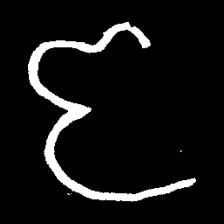
Pyu character \u2014 Myanmar letter: ဇ (romanized: ja)